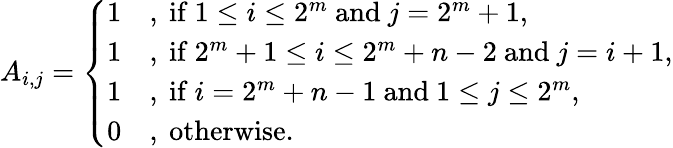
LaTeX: A_{i,j}=\left\{ \begin{array}{ll}{1}&{\mathrm{,~if~}1\leq i\leq 2^{m}\mathrm{~and~}j=2^{m}+1,}\\ {1}&{\mathrm{,~if~}2^{m}+1\leq i\leq 2^{m}+n-2\mathrm{~and~}j=i+1,}\\ {1}&{\mathrm{,~if~}i=2^{m}+n-1\mathrm{~and~}1\leq j\leq 2^{m},}\\ {0}&{\mathrm{,~otherwise.}}\end{array}\right.